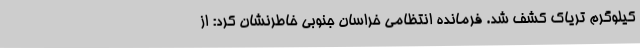
کیلوگرم تریاک کشف شد. فرمانده انتظامی خراسان جنوبی خاطرنشان کرد: از